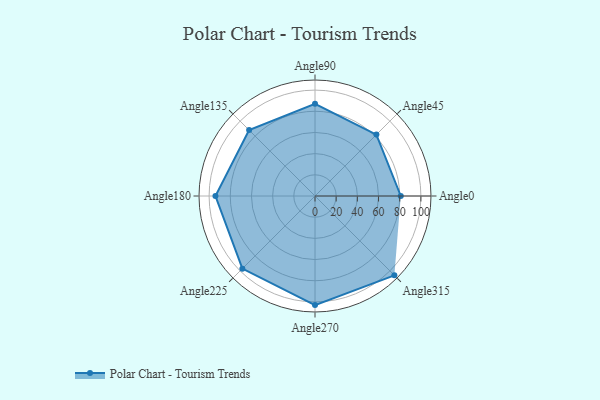
{"axis": {"x": "Angle", "y": "Radius"}, "legend": [""], "data": [{"x": "Angle0", "y": 81.0, "type": ""}, {"x": "Angle45", "y": 82.0, "type": ""}, {"x": "Angle90", "y": 87.0, "type": ""}, {"x": "Angle135", "y": 88.0, "type": ""}, {"x": "Angle180", "y": 94.0, "type": ""}, {"x": "Angle225", "y": 97.0, "type": ""}, {"x": "Angle270", "y": 103.0, "type": ""}, {"x": "Angle315", "y": 106.0, "type": ""}]}